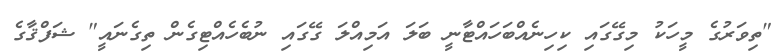
"ތިވަރުގެ މީހަކު މިގޭގައި ކިހިނެއްބަހައްޓާނީ ބަލަ އަމިއްލަ ގޭގައި ނުބެހެއްޓިގެން ތިގެނައީ" ޝަފްޤާގެ